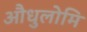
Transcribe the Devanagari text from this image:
औधुलोमि